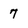
Character: 7